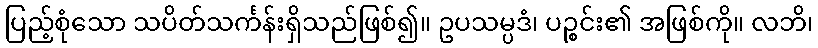
ပြည့်စုံသော သပိတ်သင်္ကန်းရှိသည်ဖြစ်၍။ ဥပသမ္ပဒံ၊ ပဉ္စင်း၏ အဖြစ်ကို။ လဘိ၊